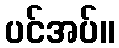
ပင်အပ်။